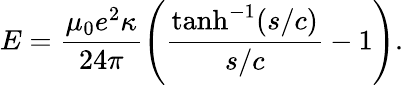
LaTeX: E=\frac{\mu_{0}e^{2}\kappa}{24\pi}\left(\frac{\operatorname{tanh}^{-1}(s/c)}{s/c}-1\right).